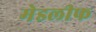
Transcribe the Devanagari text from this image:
मेडलीफ